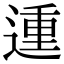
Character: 𨔝